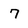
Character: 7